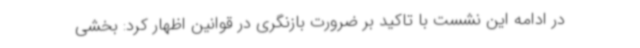
در ادامه این نشست با تاکید بر ضرورت بازنگری در قوانین اظهار کرد: بخشی